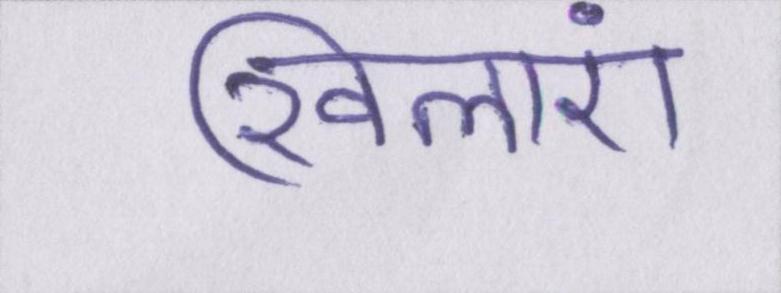
खिलाएं